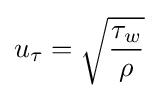
u_{\tau }={\sqrt {\frac {\tau _{w}}{\rho }}}